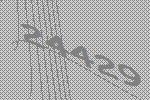
24429